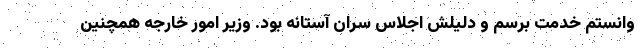
وانستم خدمت برسم و دلیلش اجلاس سران آستانه بود. وزیر امور خارجه همچنین